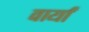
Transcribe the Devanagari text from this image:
वार्यां